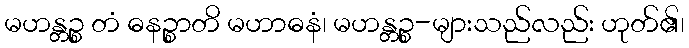
မဟန္တဉ္စ တံ ဓနဉ္စာတိ မဟာဓနံ၊ မဟန္တဉ္စ-များသည်လည်း ဟုတ်၏၊